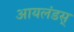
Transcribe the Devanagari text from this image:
आयलंडस्